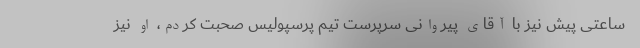
ساعتی پیش نیز با آقای پیروانی سرپرست تیم پرسپولیس صحبت کردم، او نیز